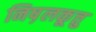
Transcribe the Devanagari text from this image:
निष़लकूत्तु